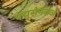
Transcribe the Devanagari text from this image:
पद्मसेनराजे